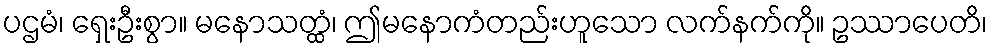
ပဌမံ၊ ရှေးဦးစွာ။ မနောသတ္ထံ၊ ဤမနောကံတည်းဟူသော လက်နက်ကို။ ဥဿာပေတိ၊